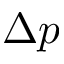
\Delta p